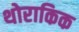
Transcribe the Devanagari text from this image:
थोराकिक